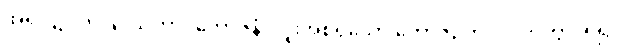
အရပ်၌။ ကုဒြူ သကာဒိဘောဇနံ၊ လူးအစရှိသော ဘောဇဉ်ကို။ လဘိတွာ၊ ရ၍။